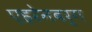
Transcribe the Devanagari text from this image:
एहरेनबर्ग